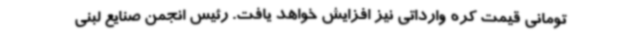
تومانی قیمت کره وارداتی نیز افزایش خواهد یافت. رئیس انجمن صنایع لبنی